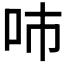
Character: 𠰼